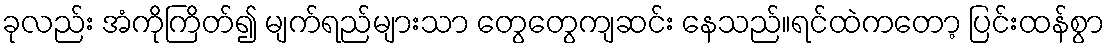
ခုလည်း အံကိုကြိတ်၍ မျက်ရည်များသာ တွေတွေကျဆင်း နေသည်။ရင်ထဲကတော့ ပြင်းထန်စွာ